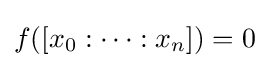
f([x_{0}:\dots :x_{n}])=0